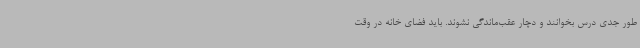
طور جدی درس بخوانند و دچار عقب‌ماندگی نشوند. باید فضای خانه در وقت